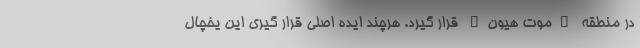
در منطقه "موت هیون" قرار گیرد. هرچند ایده اصلی قرار گیری این یخچال